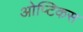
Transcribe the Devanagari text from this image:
ओप्टिकस